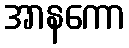
အာနကော